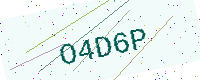
Text: O4D6P